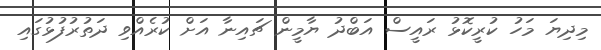
މިދިޔަ މަހު ކުރީކޮޅު ރައީސް އަބްދު ޔާމީން ޗައިނާ އަށް ކުރެއްވި ދަތުރުފުޅުގައި